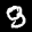
Label: 9